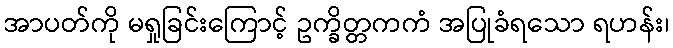
အာပတ်ကို မရှုခြင်းကြောင့် ဥက္ခိတ္တကကံ အပြုခံရသော ရဟန်း၊